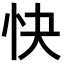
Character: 快